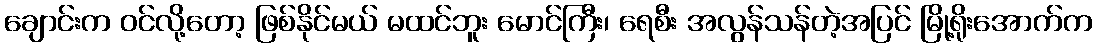
ချောင်းက ဝင်လို့တော့ ဖြစ်နိုင်မယ် မထင်ဘူး မောင်ကြီး၊ ရေစီး အလွန်သန်တဲ့အပြင် မြို့ရိုးအောက်က